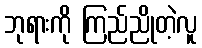
ဘုရားကို ကြည်ညိုတဲ့လူ